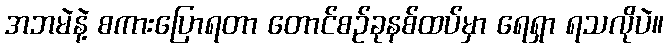
အဘမဲနဲ့ စကားပြောရတာ တောင်စဉ်ခုနစ်ထပ်မှာ ရေရှာ ရသလိုပဲ။